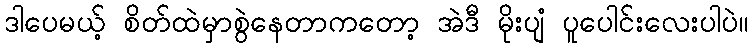
ဒါပေမယ့် စိတ်ထဲမှာစွဲနေတာကတော့ အဲဒီ မိုးပျံ ပူပေါင်းလေးပါပဲ။